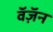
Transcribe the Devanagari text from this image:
वॅज़ॅन